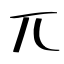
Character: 兀